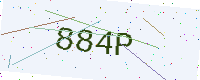
Text: 884P